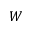
W